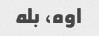
اوه، بله